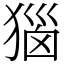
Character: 㺁